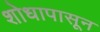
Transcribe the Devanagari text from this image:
शोधापासून